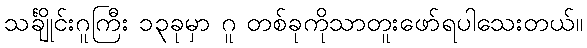
သင်္ချိုင်းဂူကြီး ၁၃ခုမှာ ဂူ တစ်ခုကိုသာတူးဖော်ရပါသေးတယ်။